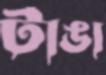
টাঙা